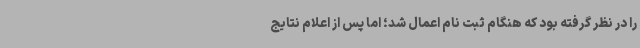
را در نظر گرفته بود که هنگام ثبت نام اعمال شد؛ اما پس از اعلام نتایج